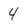
Character: 4